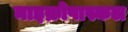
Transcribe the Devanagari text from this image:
माइक्रोपास्कल